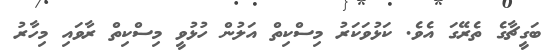
ބަގީޗާގެ ތެރޭގަ އެވެ. ކަޅުވަކަރު މިސްކިތް އަލުން ހުޅުވީ މިސްކިތް ރާވައި މިހާރު